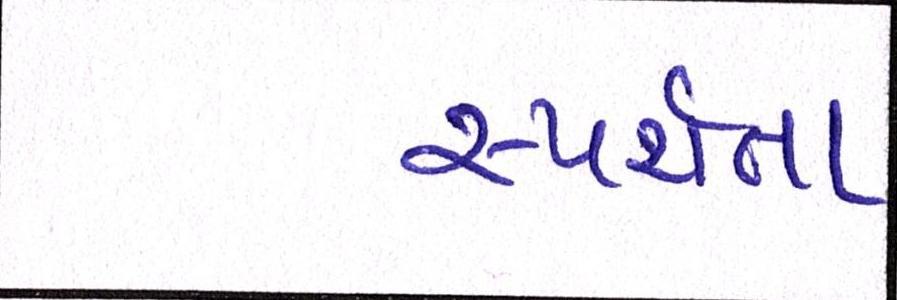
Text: સ્પર્શતા